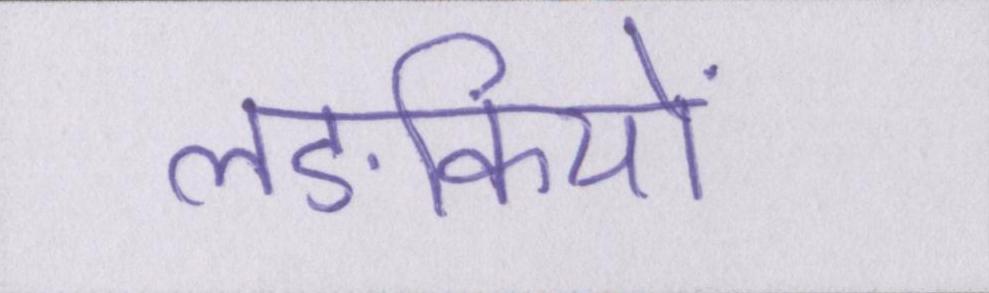
लङकियों